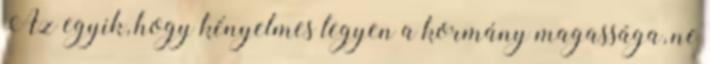
Az egyik, hogy kényelmes legyen a kormány magassága, ne